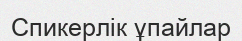
Спикерлік ұпайлар